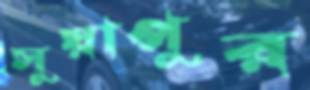
সুয়াপুর